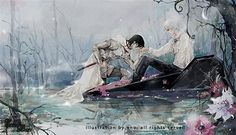
何处飞来林间鹊，蹙踏松梢微雪。